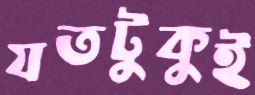
যতটুকুই